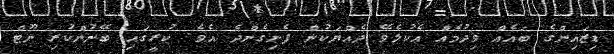
ޑިޒައިންގެ ބައެއް ވިދުމެއް އެކުލެވޭ ދެއްޔަކުން ފެނިގެންދެ އެވެ. ކުރީގައި ބޭނުންކުރި ނޫޓް